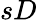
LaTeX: sD